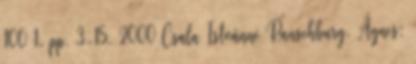
100 1. pp. 3-15. 2000 Csala Istvánné Ranschburg, Ágnes: